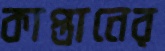
কাপ্তানের